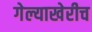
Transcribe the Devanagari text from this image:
गेल्याखेरीच